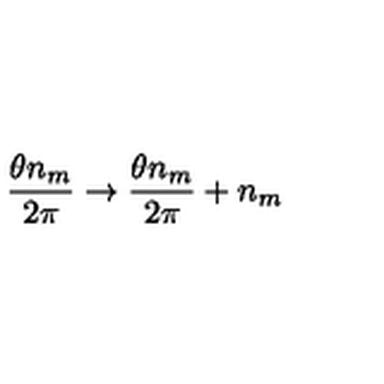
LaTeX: \frac { \theta n _ { m } } { 2 \pi } \rightarrow \frac { \theta n _ { m } } { 2 \pi } + n _ { m }